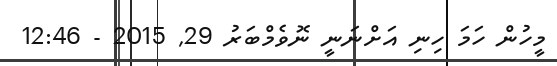
މީހުން ހަމަ ހިނި އަށްނަނީ ނޮވެމްބަރު 29